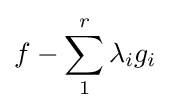
f-\sum _{1}^{r}\lambda _{i}g_{i}